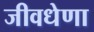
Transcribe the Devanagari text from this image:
जीवधेणा